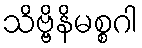
သိဗ္ဗိနိမစ္စဂါ